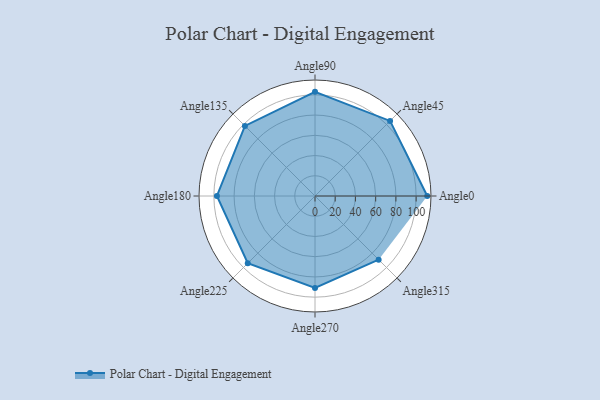
{"axis": {"x": "Angle", "y": "Radius"}, "legend": [""], "data": [{"x": "Angle0", "y": 111.0, "type": ""}, {"x": "Angle45", "y": 105.0, "type": ""}, {"x": "Angle90", "y": 103.0, "type": ""}, {"x": "Angle135", "y": 98.0, "type": ""}, {"x": "Angle180", "y": 97.0, "type": ""}, {"x": "Angle225", "y": 94.0, "type": ""}, {"x": "Angle270", "y": 91.0, "type": ""}, {"x": "Angle315", "y": 89.0, "type": ""}]}